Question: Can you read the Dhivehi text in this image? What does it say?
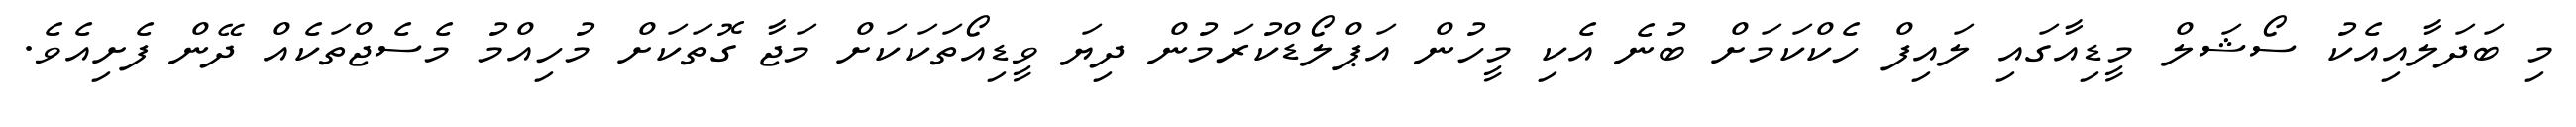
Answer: މި ބަދަލާއިއެކު ސޯޝަލް މީޑިއާގައި ލައިފް ހެކްކަމަށް ބުނެ އެކި މީހުން އަޕްލޯޑްކުރަމުން ދިޔަ ވީޑިއޯތަކަކަށް މަޖާ ގޮތަކަށް މުހިއްމު މެސެޖްތަކެއް ދޭން ފެށިއެވެ.